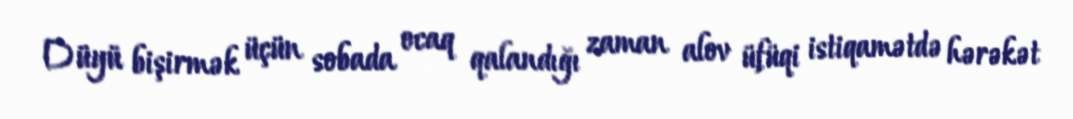
Düyü bişirmək üçün sobada ocaq qalandığı zaman alov üfüqi istiqamətdə hərəkət